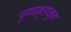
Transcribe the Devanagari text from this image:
पुगाङ्हानुन